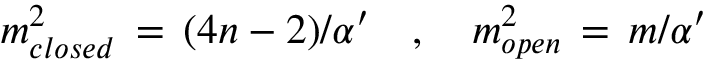
m _ { c l o s e d } ^ { 2 } \, = \, ( 4 n - 2 ) / { \alpha ^ { \prime } } \, \, \, \, \, \, , \, \, \, \, \, \, m _ { o p e n } ^ { 2 } \, = \, m / { \alpha ^ { \prime } }